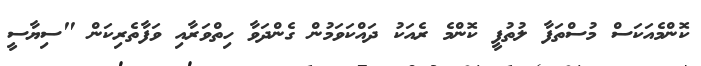
ކޮންމެއަކަސް މުސްތަފާ ލުތުފީ ކޮންމެ ރެއަކު ދައްކަވަމުން ގެންދަވާ ހިތްވަރާއި ވަފާތެރިކަން "ސިޔާސީ